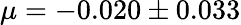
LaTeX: \mu=-0.020\pm 0.033